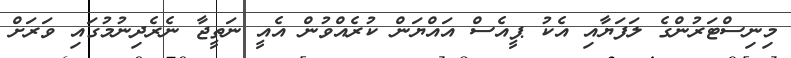
މިނިސްޓަރުންގެ ލަފަޔާއި އެކު ޕީއެސް އައްޔަން ކުރެއްވުން އެއީ ނަތީޖާ ނެރެދިނުމުގައި ވަރަށް